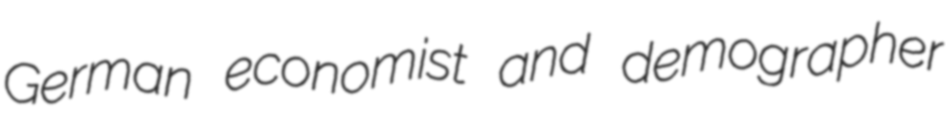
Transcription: German economist and demographer